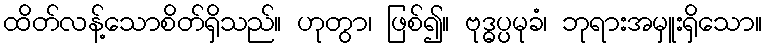
ထိတ်လန့်သောစိတ်ရှိသည်။ ဟုတွာ၊ ဖြစ်၍။ ဗုဒ္ဓပ္ပမုခံ၊ ဘုရားအမှူးရှိသော။